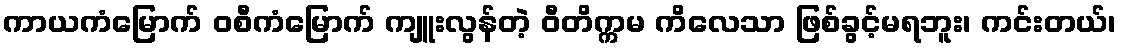
ကာယကံမြောက် ဝစီကံမြောက် ကျူးလွန်တဲ့ ဝီတိက္ကမ ကိလေသာ ဖြစ်ခွင့်မရဘူး၊ ကင်းတယ်၊